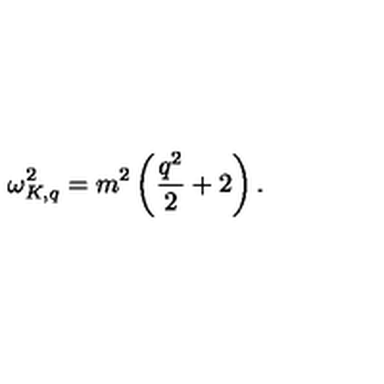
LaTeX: \omega _ { K , q } ^ { 2 } = m ^ { 2 } \left( \frac { q ^ { 2 } } { 2 } + 2 \right) .